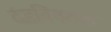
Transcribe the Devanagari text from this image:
दंडविषयक